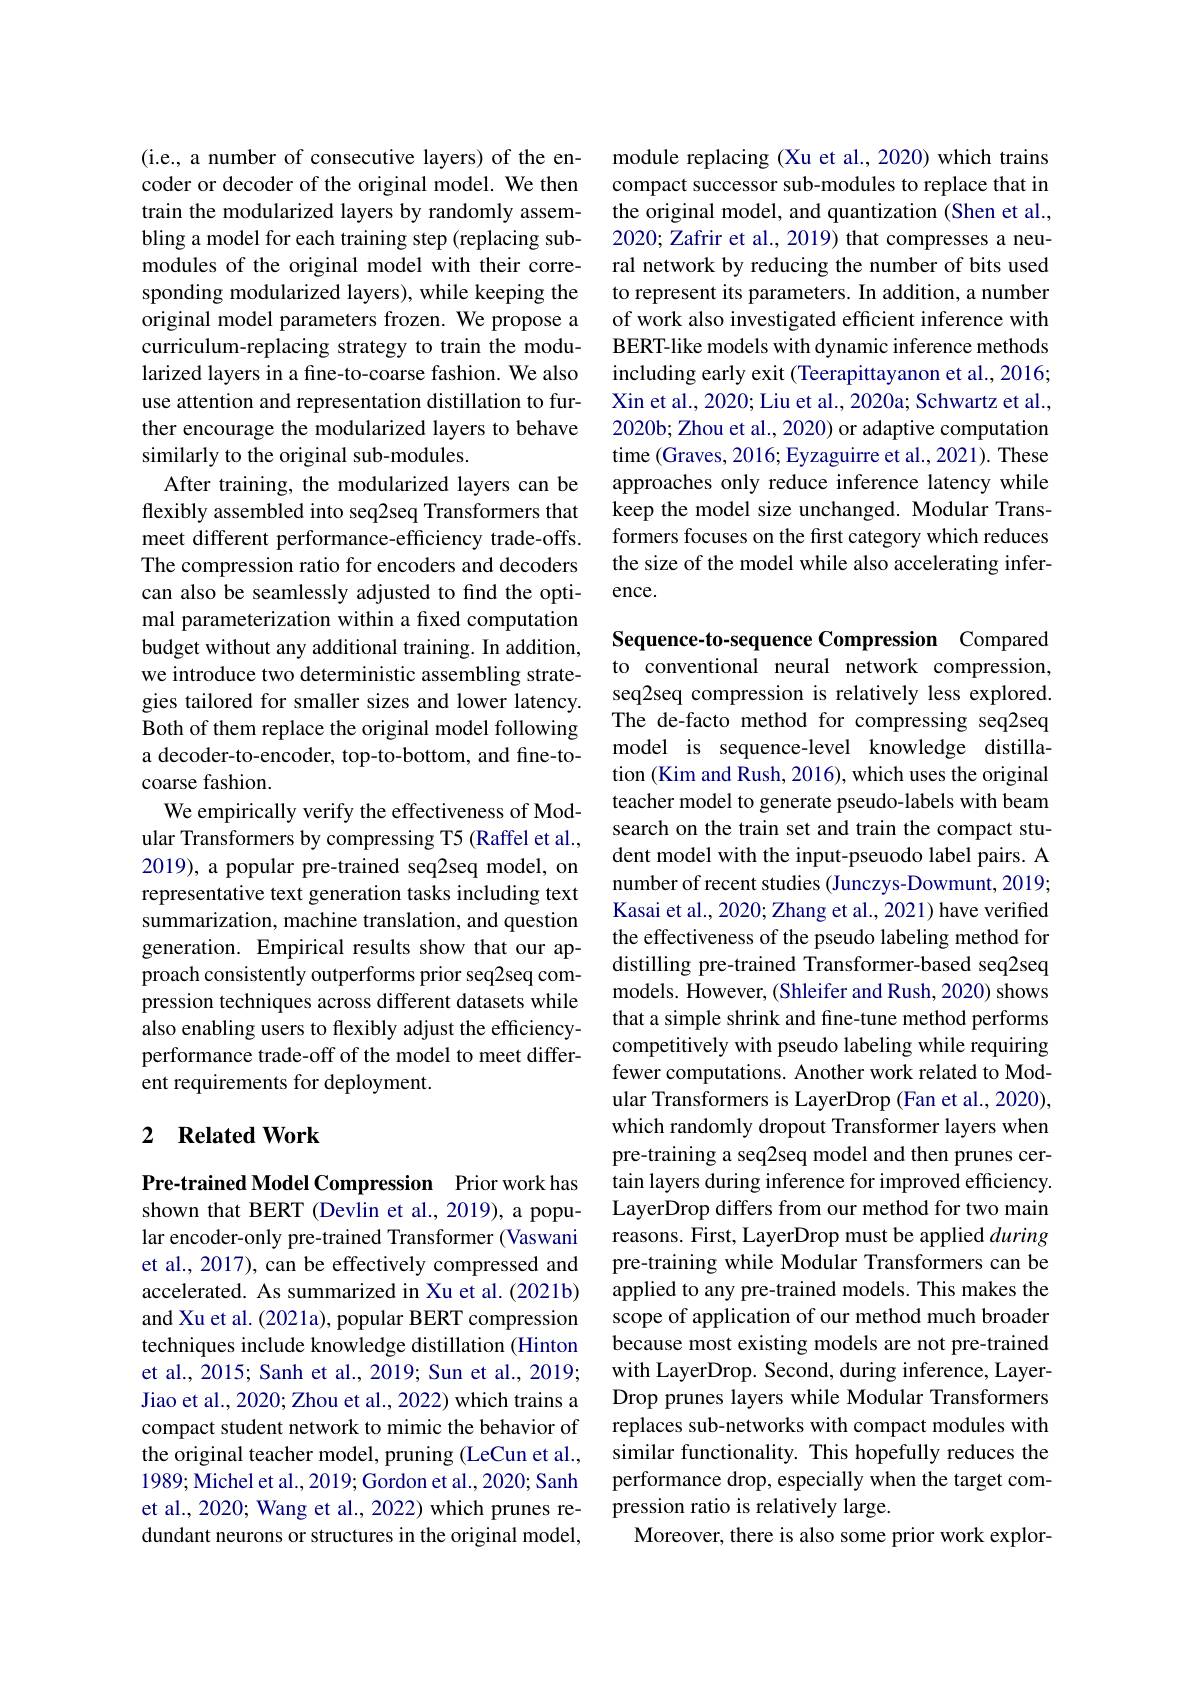
(i.e., a number of consecutive layers) of the encoder or decoder of the original model. We then train the modularized layers by randomly assembling a model for each training step (replacing submodules of the original model with their corresponding modularized layers), while keeping the original model parameters frozen. We propose a curriculum-replacing strategy to train the modularized layers in a fine-to-coarse fashion. We also use attention and representation distillation to further encourage the modularized layers to behave similarly to the original sub-modules.
After training, the modularized layers can be flexibly assembled into seq2seq Transformers that meet different performance-efficiency trade-offs. The compression ratio for encoders and decoders can also be seamlessly adjusted to find the optimal parameterization within a fixed computation budget without any additional training. In addition, we introduce two deterministic assembling strategies tailored for smaller sizes and lower latency. Both of them replace the original model following a decoder-to-encoder, top-to-bottom, and fine-tocoarse fashion.
We empirically verify the effectiveness of Modular Transformers by compressing T5 (Raffel et al., 2019), a popular pre-trained seq2seq model, on representative text generation tasks including text summarization, machine translation, and question generation. Empirical results show that our approach consistently outperforms prior seq2seq compression techniques across different datasets while also enabling users to flexibly adjust the efficiencyperformance trade-off of the model to meet different requirements for deployment.

## 2 $\textbf{Related Work}$

Pre-trained Model Compression Prior work has shown that BERT (Devlin et al., 2019), a popular encoder-only pre-trained Transformer (Vaswani et al., 2017), can be effectively compressed and accelerated. As summarized in Xu et al. (2021b) and Xu et al. (2021a), popular BERT compression techniques include knowledge distillation (Hinton et al., 2015; Sanh et al., 2019; Sun et al., 2019; Jiao et al., 2020; Zhou et al., 2022) which trains a compact student network to mimic the behavior of the original teacher model, pruning (LeCun et al., 1989; Michel et al., 2019; Gordon et al., 2020; Sanh et al., 2020; Wang et al., 2022) which prunes redundant neurons or structures in the original model,

module replacing (Xu et al., 2020) which trains compact successor sub-modules to replace that in the original model, and quantization (Shen et al., 2020; Zafrir et al., 2019) that compresses a neural network by reducing the number of bits used to represent its parameters. In addition, a number of work also investigated efficient inference with BERT-like models with dynamic inference methods including early exit (Teerapittayanon et al., 2016; Xin et al., 2020; Liu et al., 2020a; Schwartz et al., 2020b; Zhou et al., 2020) or adaptive computation time (Graves, 2016; Eyzaguirre et al., 2021). These approaches only reduce inference latency while keep the model size unchanged. Modular Transformers focuses on the first category which reduces the size of the model while also accelerating inference.

Sequence-to-sequence Compression Compared to conventional neural network compression, seq2seq compression is relatively less explored. The de-facto method for compressing seq2seq model is sequence-level knowledge distillation (Kim and Rush, 2016), which uses the original teacher model to generate pseudo-labels with beam search on the train set and train the compact student model with the input-pseuodo label pairs. A number of recent studies (Junczys-Dowmunt, 2019; Kasai et al., 2020; Zhang et al., 2021) have verified the effectiveness of the pseudo labeling method for distilling pre-trained Transformer-based seq2seq models. However, (Shleifer and Rush, 2020) shows that a simple shrink and fine-tune method performs competitively with pseudo labeling while requiring fewer computations. Another work related to Modular Transformers is LayerDrop (Fan et al., 2020), which randomly dropout Transformer layers when pre-training a seq2seq model and then prunes certain layers during inference for improved efficiency. LayerDrop differs from our method for two main reasons. First, LayerDrop must be applied during pre-training while Modular Transformers can be applied to any pre-trained models. This makes the scope of application of our method much broader because most existing models are not pre-trained with LayerDrop. Second, during inference, LayerDrop prunes layers while Modular Transformers replaces sub-networks with compact modules with similar functionality. This hopefully reduces the performance drop, especially when the target compression ratio is relatively large.
Moreover, there is also some prior work explor-